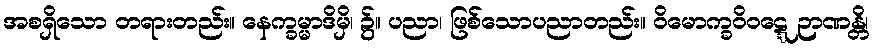
အစရှိသော တရားတည်း။ နေက္ခမ္မာဒိမှိ၊ ၌။ ပညာ၊ ဖြစ်သောပညာတည်း။ ဝိမောက္ခဝိဝဋ္ဋေ ဉာဏန္တိ၊